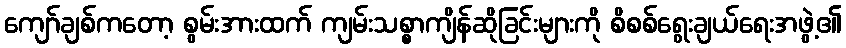
ကျော်ချစ်ကတော့ စွမ်းအားထက် ကျမ်းသစ္စာကျိန်ဆိုခြင်းများကို စိစစ်ရွေးချယ်ရေးအဖွဲ့၏